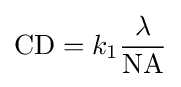
\mathrm {CD} =k_{1}{\frac {\lambda }{\mathrm {NA} }}